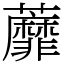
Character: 蘼